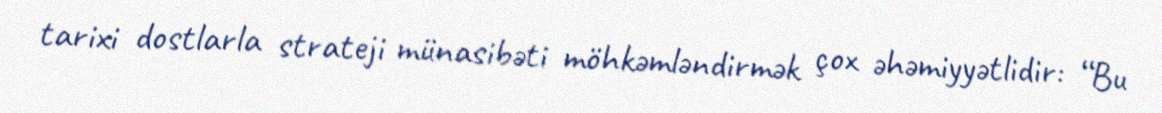
tarixi dostlarla strateji münasibəti möhkəmləndirmək çox əhəmiyyətlidir: “Bu